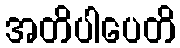
အတိပါပေတိ